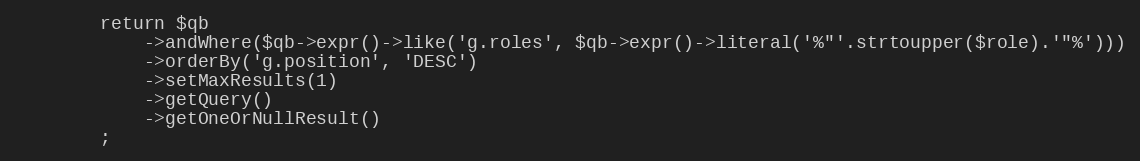
Language: PHP
        return $qb
            ->andWhere($qb->expr()->like('g.roles', $qb->expr()->literal('%"'.strtoupper($role).'"%')))
            ->orderBy('g.position', 'DESC')
            ->setMaxResults(1)
            ->getQuery()
            ->getOneOrNullResult()
        ;